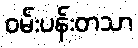
ဝမ်းပန်းတသာ